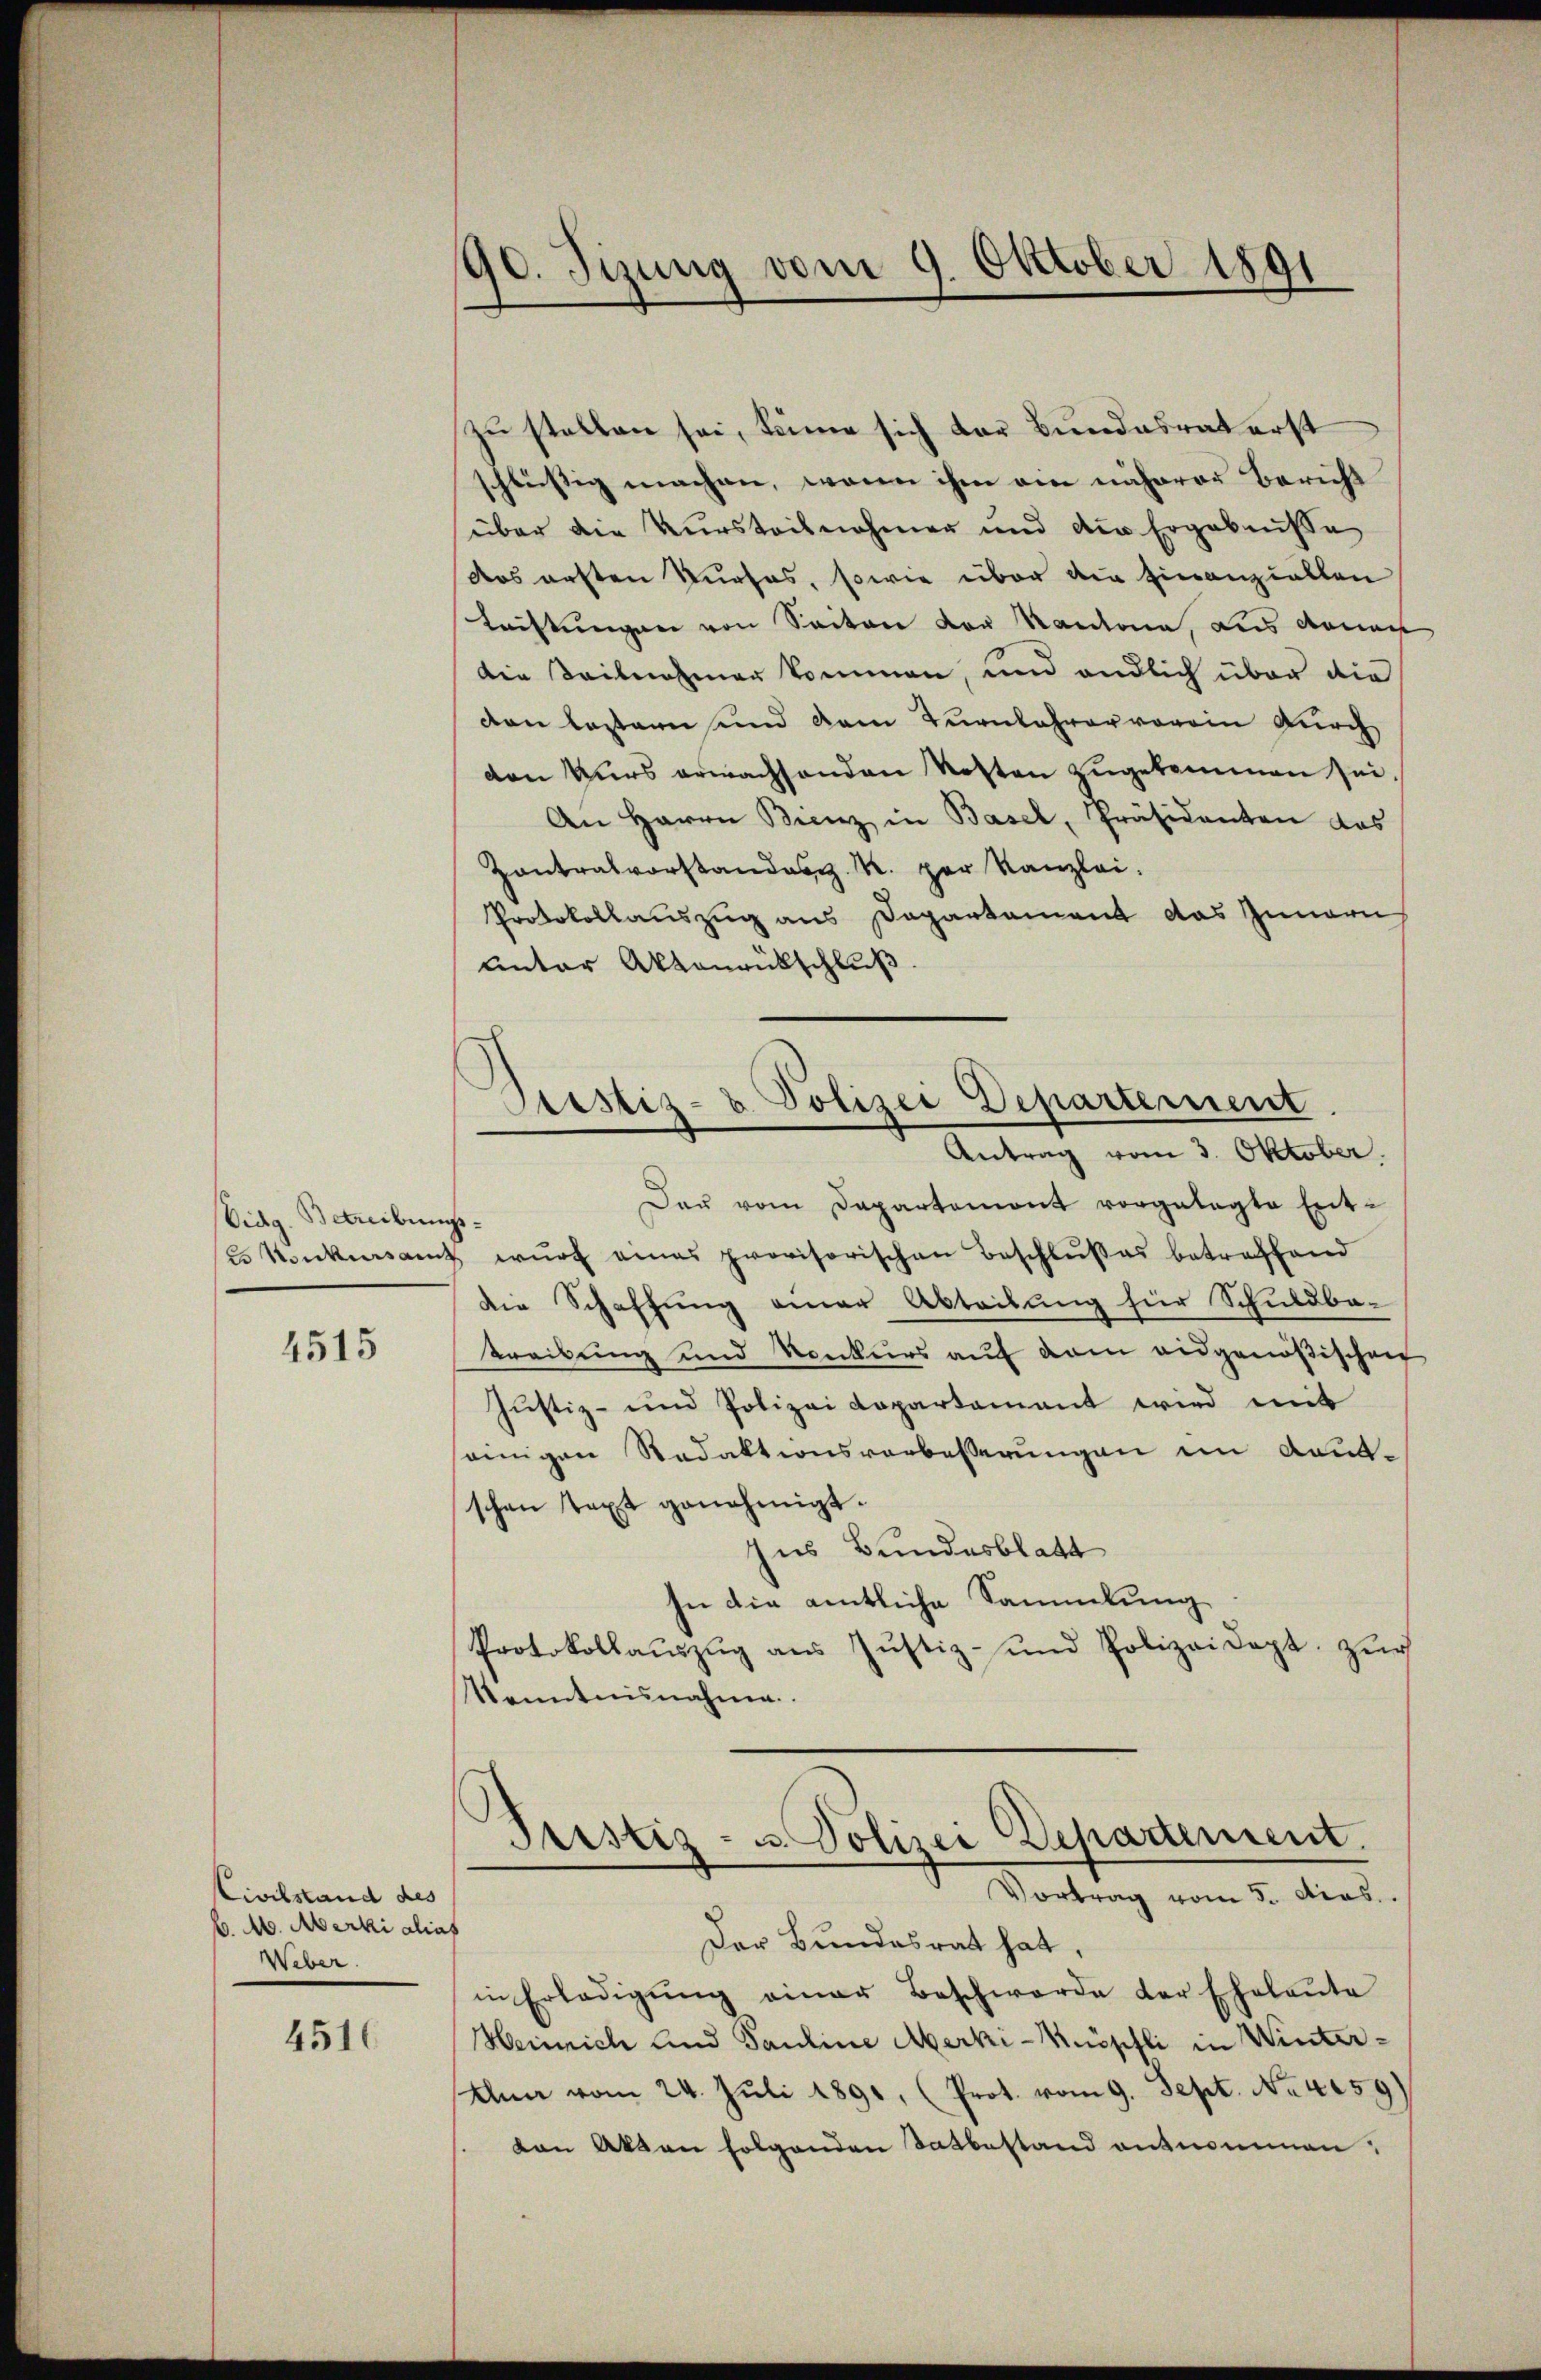
Eidg. Betreibungs¬

4515

Civilstand des
b. M. Merki alias
Weber.

4516

90. Tizung vom 9. Oktober 1891

zu stellen sei, könne sich der Bundesrat erst
schlüssig machen, wenn ihm ein näherer Bericht
über die Kursteilnehmer und die Ergebnisse
dos ersten Kurses, sowie über die Einanziellen
Tristungen von Seiten der Kantone, Les donan
die Teilnahmer kommen, und endlich über die
den lastern und dem Turnlehrer vorein durch
den Kurs erwachsenden Kosten zugekommen sei.
An Herrn Bienz in Basel, Präsidenten das
Zontralvorstandes K. per Kanzlei.
Protokollauszug aus Departement das Innern
unter Aktenrückschluß

Das vom Departement vorgelegte Ent-
l. Konkursamt wurf eines provisorischen Beschlußes betreffend
die Schaffung einer Abtribung für Schuldba-
Treibung und Konkurs auf dem eidgenößischen
Justiz- und Polizei Kopartement wird mit
einigen Redaktionsverbeßerungen im Kautschen Text genehmigt.
Ins Bundesblatt
In die amtliche Sammlung
Protokollaŭszŭg aŭs Jŭstiz- und Polizeidept. zŭr
Kenntnisnahme

Pustiz- & Polizei Departement
Antrag vom 3. Oktober.

Justiz- u. Polizei Departement.
Vortrag vom 5. dies

Der Bundesrat hat,
in Erledigŭng einer Beschwerde der Eheleŭte
Heinrich und Pauline Merki-Knöpfli in Winter¬
Alma vom 24. Juli 1891, (Prot. vom 9. Sept. No 4059
ven Akten folgenden Tatbestand entnommen: